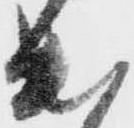
出